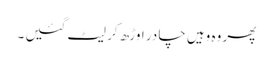
پھر وہ وہیں چا در اوڑھ کر لیٹ گئیں ۔